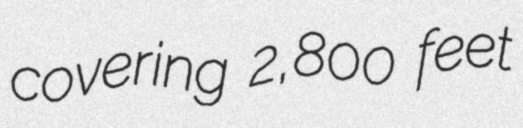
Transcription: covering 2,800 feet